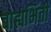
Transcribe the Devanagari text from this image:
बाह्यभिंती